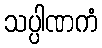
သပ္ပါဏကံ